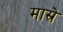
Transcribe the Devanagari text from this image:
मास्रे